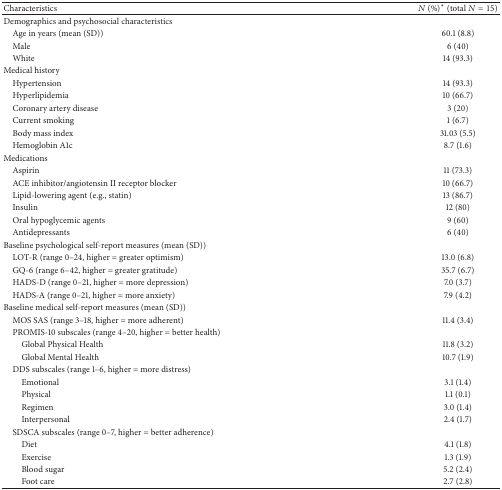
<table><thead><tr><td><b>Characteristics </b></td><td><b><i>N</i> (%)<sup>∗</sup> (total <i>N</i> = 15)</b></td></tr></thead><tbody><tr><td>Demographics and psychosocial characteristics </td><td> </td></tr><tr><td> Age in years (mean (SD)) </td><td>60.1 (8.8) </td></tr><tr><td> Male </td><td>6 (40) </td></tr><tr><td> White </td><td>14 (93.3) </td></tr><tr><td>Medical history </td><td> </td></tr><tr><td> Hypertension </td><td>14 (93.3) </td></tr><tr><td> Hyperlipidemia </td><td>10 (66.7) </td></tr><tr><td> Coronary artery disease </td><td>3 (20) </td></tr><tr><td> Current smoking </td><td>1 (6.7) </td></tr><tr><td> Body mass index </td><td>31.03 (5.5) </td></tr><tr><td> Hemoglobin A1c</td><td>8.7 (1.6) </td></tr><tr><td>Medications </td><td> </td></tr><tr><td> Aspirin </td><td>11 (73.3) </td></tr><tr><td> ACE inhibitor/angiotensin II receptor blocker</td><td>10 (66.7) </td></tr><tr><td> Lipid-lowering agent (e.g., statin)</td><td>13 (86.7) </td></tr><tr><td> Insulin </td><td>12 (80) </td></tr><tr><td> Oral hypoglycemic agents </td><td>9 (60) </td></tr><tr><td> Antidepressants </td><td>6 (40) </td></tr><tr><td>Baseline psychological self-report measures (mean (SD))</td><td> </td></tr><tr><td> LOT-R (range 0–24, higher = greater optimism)</td><td>13.0 (6.8) </td></tr><tr><td> GQ-6 (range 6–42, higher = greater gratitude)</td><td>35.7 (6.7) </td></tr><tr><td> HADS-D (range 0–21, higher = more depression)</td><td>7.0 (3.7) </td></tr><tr><td> HADS-A (range 0–21, higher = more anxiety)</td><td>7.9 (4.2) </td></tr><tr><td>Baseline medical self-report measures (mean (SD))</td><td> </td></tr><tr><td> MOS SAS (range 3–18, higher = more adherent)</td><td>11.4 (3.4) </td></tr><tr><td> PROMIS-10 subscales (range 4–20, higher = better health)</td><td> </td></tr><tr><td>Global Physical Health </td><td>11.8 (3.2) </td></tr><tr><td>Global Mental Health </td><td>10.7 (1.9) </td></tr><tr><td> DDS subscales (range 1–6, higher = more distress)</td><td> </td></tr><tr><td>Emotional </td><td>3.1 (1.4) </td></tr><tr><td>Physical </td><td>1.1 (0.1) </td></tr><tr><td>Regimen </td><td>3.0 (1.4) </td></tr><tr><td>Interpersonal </td><td>2.4 (1.7) </td></tr><tr><td> SDSCA subscales (range 0–7, higher = better adherence)</td><td> </td></tr><tr><td>Diet </td><td>4.1 (1.8) </td></tr><tr><td>Exercise </td><td>1.3 (1.9) </td></tr><tr><td>Blood sugar</td><td>5.2 (2.4) </td></tr><tr><td>Foot care</td><td>2.7 (2.8) </td></tr></tbody></table>